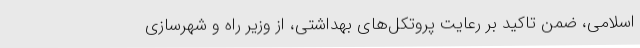
اسلامی، ضمن تاکید بر رعایت پروتکل‌های بهداشتی، از وزیر راه و شهرسازی